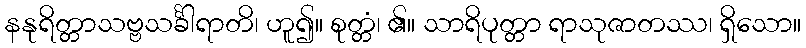
နနုရိတ္တာသဗ္ဗသင်္ခါရာတိ၊ ဟူ၍။ စုတ္တံ၊ ၏။ သာရိပုတ္တာ ရာသုဇာတဿ၊ ရှိသော။